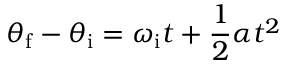
\theta _ { \mathrm { f } } - \theta _ { \mathrm { i } } = \omega _ { \mathrm { i } } t + { \frac { 1 } { 2 } } \alpha t ^ { 2 }